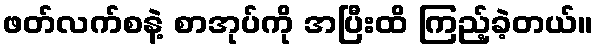
ဖတ်လက်စနဲ့ စာအုပ်ကို အပြီးထိ ကြည့်ခဲ့တယ်။